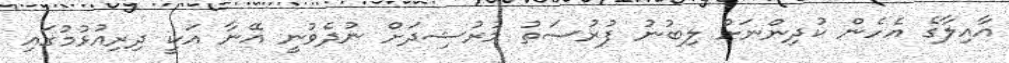
އާއިލާގެ އެހެން ކުދިންނަށް ލިބުނު ފުރުސަތު މުރުޝިދަށް ނުދެވުނީ އޭނާ އަކީ ދިރިއުޅުމުގައި